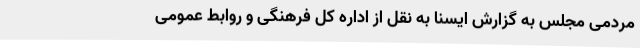
مردمی مجلس به گزارش ایسنا به نقل از اداره کل فرهنگی و روابط عمومی